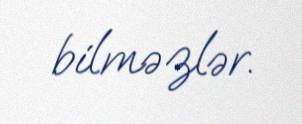
bilməzlər.